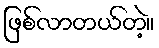
ဖြစ်လာတယ်တဲ့။